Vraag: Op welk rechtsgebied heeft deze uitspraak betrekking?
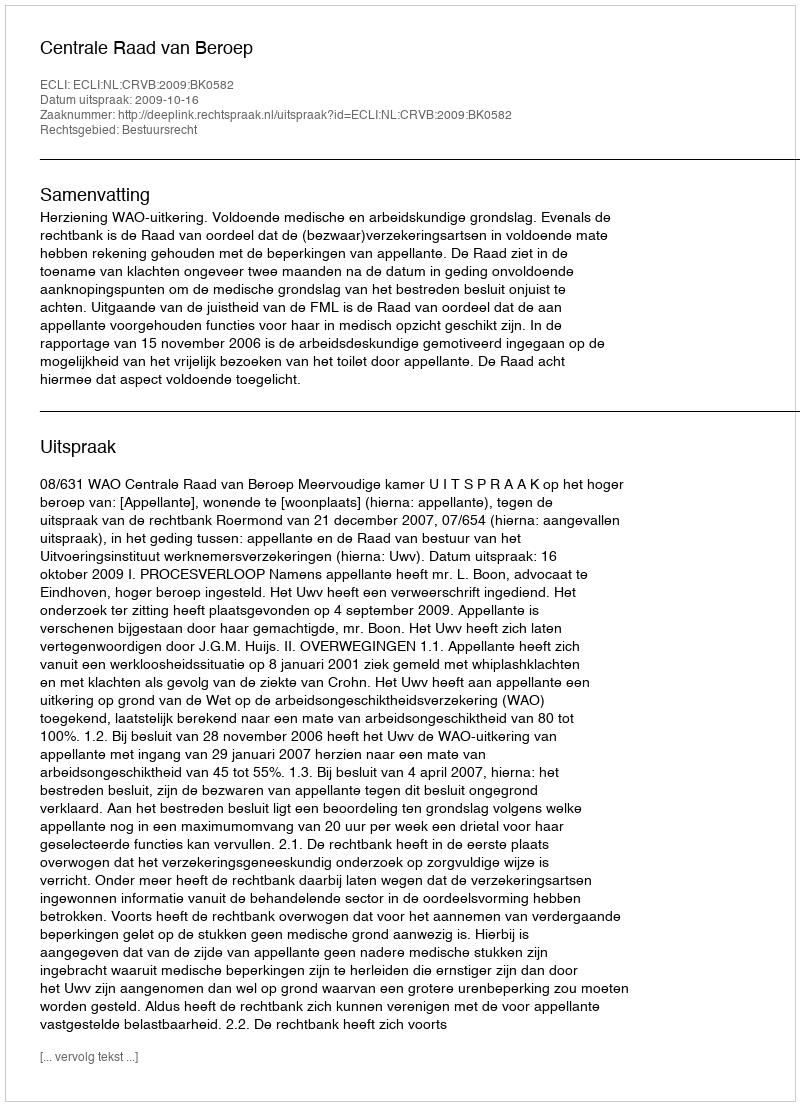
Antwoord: Bestuursrecht